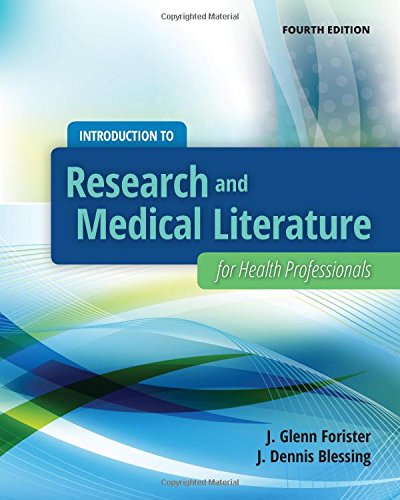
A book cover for Introduction To Research And Medical Literature For Health Professionals; J. Glenn Forister; Medical Books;